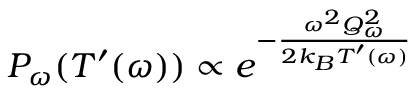
P _ { \omega } ( T ^ { \prime } ( \omega ) ) \propto e ^ { - \frac { \omega ^ { 2 } Q _ { \omega } ^ { 2 } } { 2 k _ { B } T ^ { \prime } ( \omega ) } }